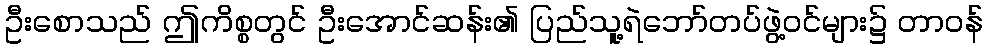
ဦးစောသည် ဤကိစ္စတွင် ဦးအောင်ဆန်း၏ ပြည်သူ့ရဲဘော်တပ်ဖွဲ့ဝင်များ၌ တာဝန်